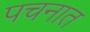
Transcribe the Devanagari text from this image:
पचनात